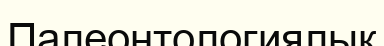
Палеонтологиялык